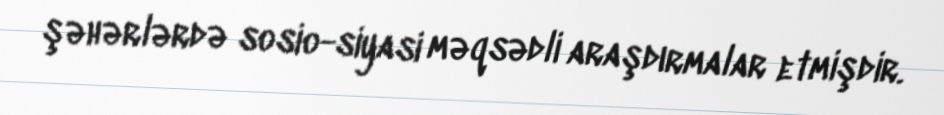
şəhərlərdə sosio-siyasi məqsədli araşdırmalar etmişdir.